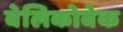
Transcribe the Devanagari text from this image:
वेलिकोवेक